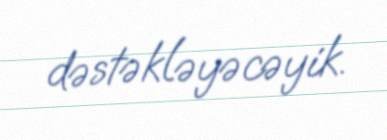
dəstəkləyəcəyik.